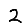
Digit: 2